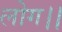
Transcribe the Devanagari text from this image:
लोग।।